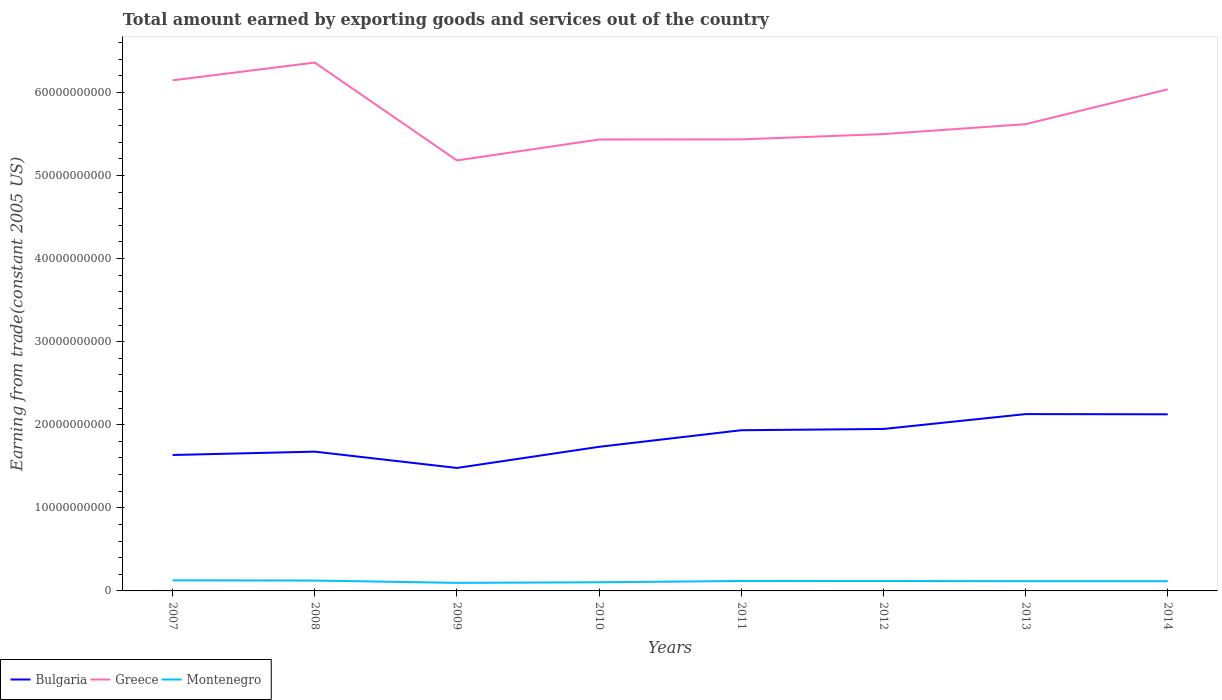
| Years | Bulgaria | Greece | Montenegro |
 | --- | --- | --- | --- |
 | 2007 | 1.64e+10 | 6.15e+10 | 1.27e+09 |
 | 2008 | 1.68e+10 | 6.36e+10 | 1.25e+09 |
 | 2009 | 1.48e+10 | 5.18e+10 | 9.69e+08 |
 | 2010 | 1.73e+10 | 5.43e+10 | 1.04e+09 |
 | 2011 | 1.93e+10 | 5.44e+10 | 1.19e+09 |
 | 2012 | 1.95e+10 | 5.5e+10 | 1.19e+09 |
 | 2013 | 2.13e+10 | 5.62e+10 | 1.17e+09 |
 | 2014 | 2.13e+10 | 6.04e+10 | 1.17e+09 |